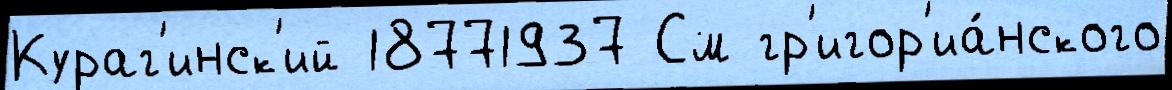
Кураг'инск'ий 18771937 См гр'игор'иа́нского